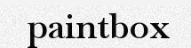
paintbox